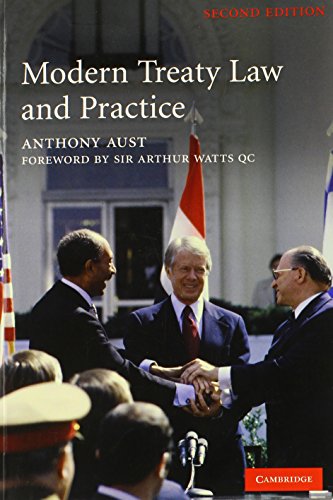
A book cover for Modern Treaty Law and Practice; Anthony Aust; Law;